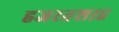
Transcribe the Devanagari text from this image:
हजरतशाह